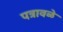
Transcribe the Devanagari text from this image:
पत्रावळे